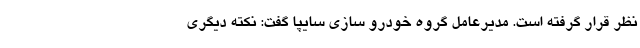
نظر قرار گرفته است. مدیرعامل گروه خودرو سازی سایپا گفت: نکته دیگری